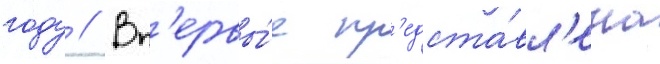
году // Вп'ервы́е пр'едста́вл'ена